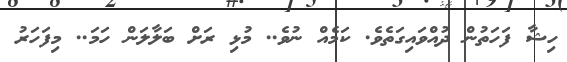
ހިޝާ ފަހަތުން ދުއްވައިގަތެވެ. ކަމެއް ނުވެ.. މުޅި ރަށް ބަލާލަން ހަމަ.. މިފަހަރު